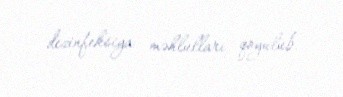
dezinfeksiya məhlulları qoyulub.